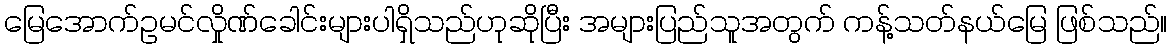
မြေအောက်ဥမင်လှိုဏ်ခေါင်းများပါရှိသည်ဟုဆိုပြီး အများပြည်သူအတွက် ကန့်သတ်နယ်မြေ ဖြစ်သည်။